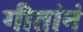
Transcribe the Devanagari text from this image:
गीतांनं